Vaccination United Provinces of Agra and Oudh 1902-1913 - 1902-1913
Year: 1902
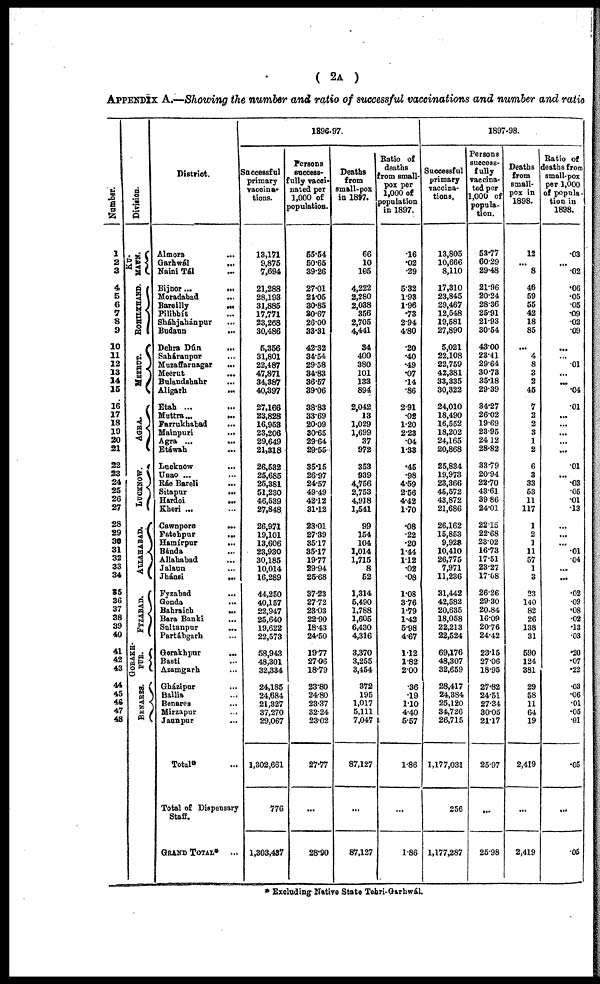
( 2A )
APPENDIX A.—Showing the number and ratio of successful vaccinations and number and ratio
Number.
1
2
3
4
5
6
7
8
9
10
11
12
13
14
15
16
17
18
19
20
21
22
23
24
25
26
27
28
29
30
31
32
33
34
35
36
37
38
39
40
41
42
43
44
45
46
47
48
Division.
KU¬
MAUN.
ROHILKHAND.
MEERUT.
AGRA.
LUCKNOW.
ALLAHABAD.
FYZABAD.
GORAKH¬
PUR.
BENARES.
District.
Almora ...
Garhwál
...
Naini Tál ...
Bijnor...
...
Moradabad ...
Bareilly ...
Pilibhít ...
Sháhjahánpur ...
Budaun
...
Dehra Dún
...
Saháranpur ...
Muzaffarnagar
...
Meerut ...
Bulandshahr ...
Aligarh ...
Etah ... ...
Muttra...
...
Farrukhabad
...
Mainpuri
...
Agra ...
...
Etáwah ...
Lucknow
...
Unao ... ...
Ráe Bareli
...
Sitapur
...
Hardoi
...
Kheri ... ...
Cawnpore
...
Fatehpur
...
Hamírpur
...
Bánda ...
Allahabad ...
Jalaun ...
Jhánsi
...
Fyzabad
...
Gonda
...
Bahraich
...
Bara Banki ...
Sultanpur ...
Partábgarh ...
Gorakhpur
...
Basti ...
Azamgarh ...
Gházipur ...
Ballia ...
Benares ...
Mirzapur
...
Jaunpur ...
Total ...
Total of Dispensary
Staff.
GRAND TOTAL* ...
1896-97.
Successful
primary
vaccina¬
tions.
13,171
9,875
7,694
21,288
28,193
31,885
17,771
23,268
30,486
5,356
31,801
22,487
47,871
34,387
40,397
27,166
23,828
16,953
23,206
29,649
21,318
26,532
25,685
25,381
51,230
46,539
27,848
26,971
19,101
13,606
23,930
30,185
10,014
16,289
44,250
40,157
22,947
25,640
19,622
22,573
58,943
48,301
32,334
24,185
24,684
21,327
37,270
29,067
1,302,661
776
1,303,437
Persons
success¬
fully vacci-
nated per
1,000 of
population.
55.54
50.65
39.26
27.01
24.05
30.85
30.67
26.00
33.31
42.32
34.54
29.58
34.83
36.57
39.06
38.83
33.69
20.09
30.65
29.64
29.55
35.15
26.97
24.57
49.49
42.12
31.12
23.01
27.39
35.17
35.17
19.77
29.94
25.68
37.23
27.72
23.03
22.90
18.43
24.50
19.77
27.06
18.79
23.80
24.80
23.37
32.24
23.02
27.77
...
28.90
Deaths
from
small-pox
in 1897.
66
10
105
4,222
2,280
2,038
356
2,705
4,441
34
400
380
101
133
894
2,042
13
1,029
1,699
37
972
353
939
4,756
2,753
4,918
1,541
99
154
104
1,014
1,715
8
52
1,314
5,490
1,788
1,605
6,430
4,316
3,370
3,255
3,454
372
195
1,017
5,111
7,047
87,127
...
87,127
Ratio of
deaths
from small-
pox per
1,000 of
population
in 1897.
.16
.02
.29
5.32
1.93
1.96
.73
2.94
4.80
.20
.40
.49
.07
.14
.86
2.91
.02
1.20
2.23
.04
1.33
.45
.98
4.59
2.56
4.42
1.70
.08
.22
.20
1.44
1.12
.02
.08
1.08
3.76
1.79
1.42
5.98
4.67
1.12
1.82
2.00
.36
.19
1.10
4.40
5.57
1.86
...
1.86
1897-98.
Successful
primary
vaccina-
tions
13,805
10,666
8,110
17,310
23,845
29,467
12,548
19,581
27,890
5,021
22,108
22,759
42,381
33,335
30,322
24,010
18,490
16,552
18,202
24,165
20,868
25,834
19,973
23,366
45,572
43,872
21,686
26,162
15,853
9,928
10,410
26,775
7,971
11,236
31,442
42,582
20,635
18,058
22,213
22,524
69,176
48,307
32,659
28,417
24,384
25,120
34,726
26,715
1,177,031
256
1,177,287
Persons
success-
fully
vaccina-
ted per
1,000 of
popula-
tion.
53.77
60.29
29.48
21.96
20.24
28.36
25.91
21.93
30.54
43.00
23.41
29.64
30.73
35.18
29.39
34.27
26.02
19.69
23.95
24.12
28.82
33.79
20.94
22.70
43.61
39.86
24.01
22.15
22.68
23.02
16.73
17.51
23.27
17.08
26.26
29.30
20.84
16.09
20.76
24.42
23.15
27.06
18.95
27.82
24.51
27.34
30.05
21.17
25.97
...
25.98
Deaths
from
small-
pox in
1898.
12
...
8
46
59
55
42
18
85
...
4
8
3
2
45
7
2
2
3
1
2
6
3
33
53
11
117
1
2
1
11
57
1
3
23
140
82
26
138
31
590
124
381
29
58
11
64
19
2,419
...
2,419
Ratio of
deaths from
small-pox
per 1,000
of popula¬
tion in
1898.
.03
...
.02
.06
.05
.05
.09
.02
.09
...
...
.01
...
...
.04
.01
...
...
...
...
...
.01
...
.03
.05
.01
.13
...
...
...
.01
.04
...
...
.02
.09
.08
.02
.13
.03
.20
.07
.22
.03
.06
.01
.05
.01
.05
...
.05
* Excluding Native State Tehri-Garhwál.